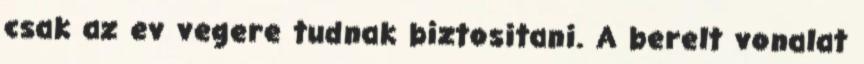
csak az ev vegere tudnak biztositani. A berelt vonalat